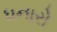
ધનારો